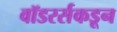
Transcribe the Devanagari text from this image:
वॉडरर्सकडून